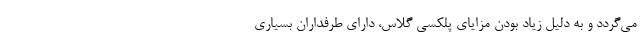
می‌گردد و به دلیل زیاد بودن مزایای پلکسی گلاس، دارای طرفداران بسیاری